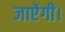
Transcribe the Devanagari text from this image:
जाऐंगी।